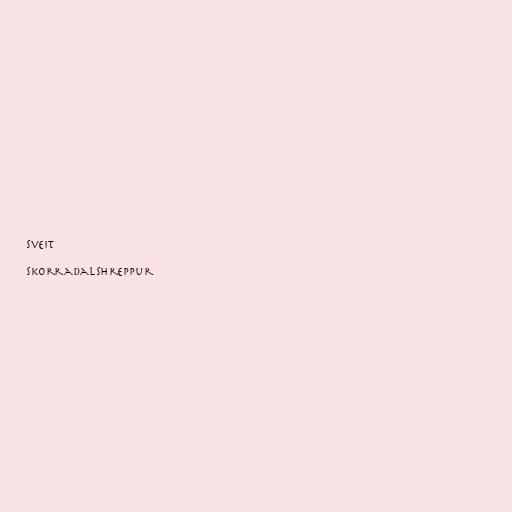
sveit

Skorradalshreppur